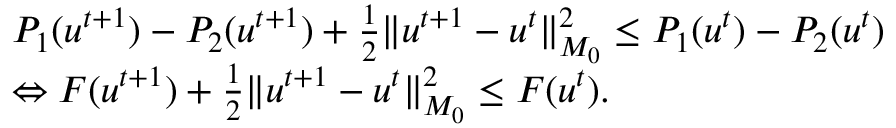
\begin{array} { r l } & { P _ { 1 } ( u ^ { t + 1 } ) - P _ { 2 } ( u ^ { t + 1 } ) + \frac { 1 } { 2 } \| u ^ { t + 1 } - u ^ { t } \| _ { M _ { 0 } } ^ { 2 } \leq P _ { 1 } ( u ^ { t } ) - P _ { 2 } ( u ^ { t } ) } \\ & { \Leftrightarrow F ( u ^ { t + 1 } ) + \frac { 1 } { 2 } \| u ^ { t + 1 } - u ^ { t } \| _ { M _ { 0 } } ^ { 2 } \leq F ( u ^ { t } ) . } \end{array}